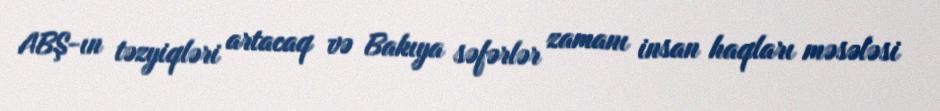
ABŞ-ın təzyiqləri artacaq və Bakıya səfərlər zamanı insan haqları məsələsi